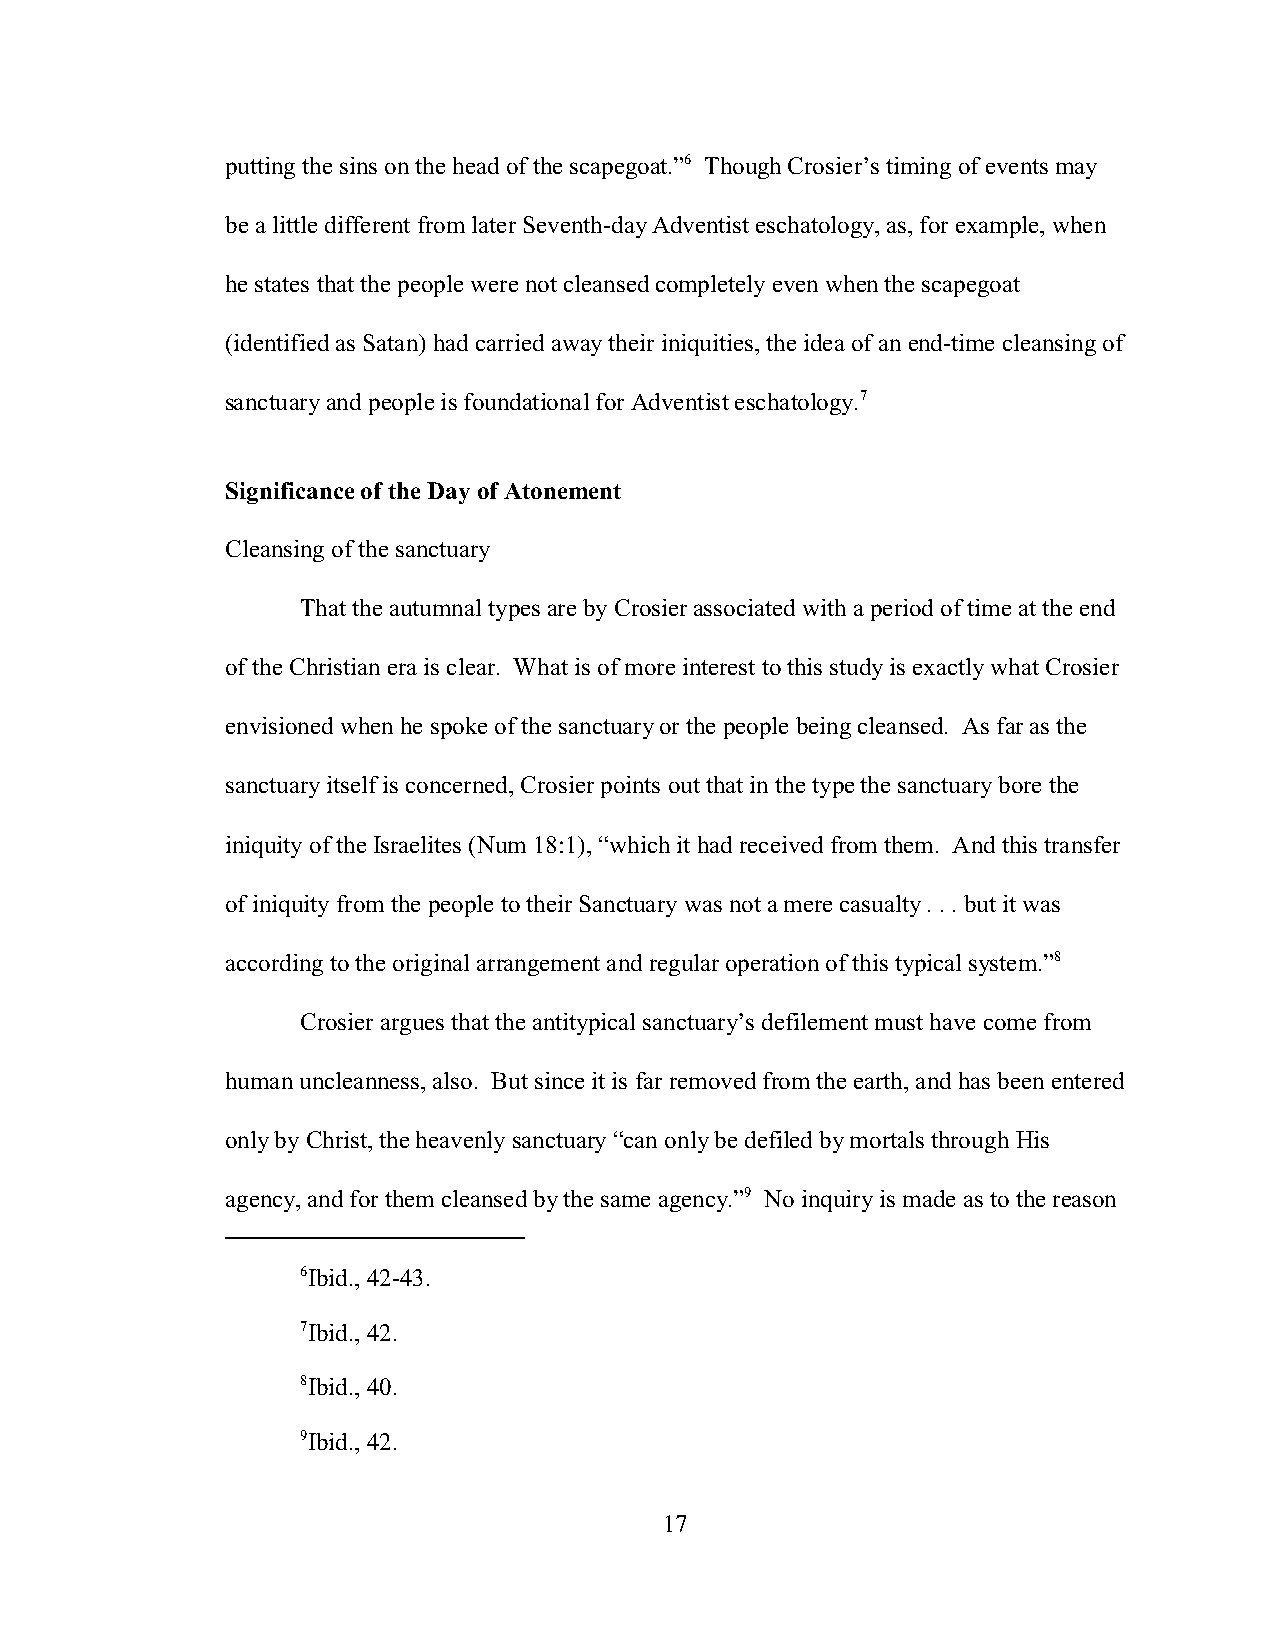
putting the sins on the head of the scapegoat.”6 Though Crosier’s timing of events may
 be a little different from later Seventh-day Adventist eschatology, as, for example, when
 he states that the people were not cleansed completely even when the scapegoat
 (identified as Satan) had carried away their iniquities, the idea of an end-time cleansing of
 sanctuary and people is foundational for Adventist eschatology.7
 Significance of the Day of Atonement
 Cleansing of the sanctuary
 That the autumnal types are by Crosier associated with a period of time at the end
 of the Christian era is clear. What is of more interest to this study is exactly what Crosier
 envisioned when he spoke of the sanctuary or the people being cleansed. As far as the
 sanctuary itself is concerned, Crosier points out that in the type the sanctuary bore the
 iniquity of the Israelites (Num 18:1), “which it had received from them. And this transfer
 of iniquity from the people to their Sanctuary was not a mere casualty . . . but it was
 according to the original arrangement and regular operation of this typical system.”8
 Crosier argues that the antitypical sanctuary’s defilement must have come from
 human uncleanness, also. But since it is far removed from the earth, and has been entered
 only by Christ, the heavenly sanctuary “can only be defiled by mortals through His
 agency, and for them cleansed by the same agency.”9 No inquiry is made as to the reason
 6Ibid., 42-43.
 7Ibid., 42.
 8Ibid., 40.
 9Ibid., 42.
 17